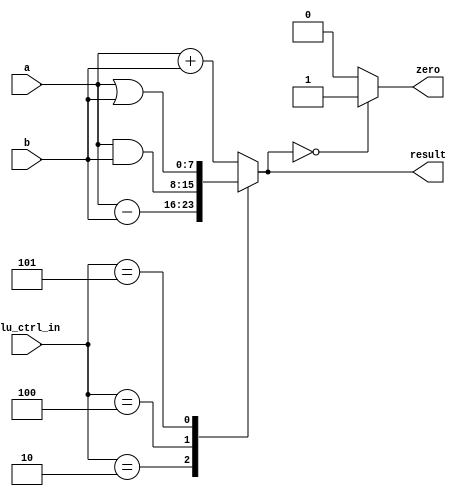
module alu(       
      input          [7:0]     a,          //src1  
      input          [7:0]     b,          //src2  
      input          [2:0]     alu_ctrl_in,     //function sel  
      output     reg     [7:0]     result,          //result       
      output zero  
   );  
 always @(*)  
 begin   
      case(alu_ctrl_in)  
      3'b000: result = a + b; // add  
      3'b010: result = a - b; // sub  
      3'b100: result = a & b; // and  
      3'b101: result = a | b; // or  
     
      default:result = a + b; // add  
      endcase  
 end  
 assign zero = (result==8'd0) ? 1'b1: 1'b0;  
 endmodule